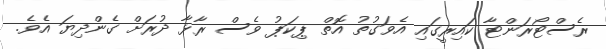
ރެސްޓޯރަންޓާ ކައިރީގައި އެވަގުތު އޮތް ޕިކަޕު ވެސް ރާޅާ ދުރަށް ގެންދިޔަ އެވެ.